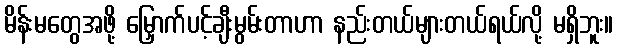
မိန်းမတွေအဖို့ မြှောက်ပင့်ချီးမွမ်းတာဟာ နည်းတယ်များတယ်ရယ်လို့ မရှိဘူး။